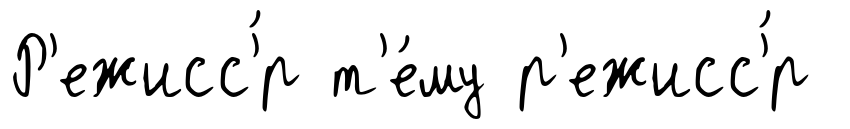
Р'ежисс'́р т'е́му р'ежисс'́р